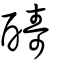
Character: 醻